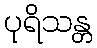
ပုရိသန္တ